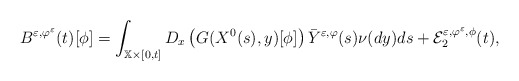
\begin{align*}B^{\varepsilon ,\varphi ^{\varepsilon }}(t)[\phi ]=\int_{\mathbb{X}\times\lbrack 0,t]}D_{x}\left( G(X^{0}(s),y)[\phi ]\right) \bar{Y}^{\varepsilon,\varphi }(s)\nu (dy)ds+\mathcal{E}_{2}^{\varepsilon ,\varphi ^{\varepsilon},\phi }(t), \end{align*}